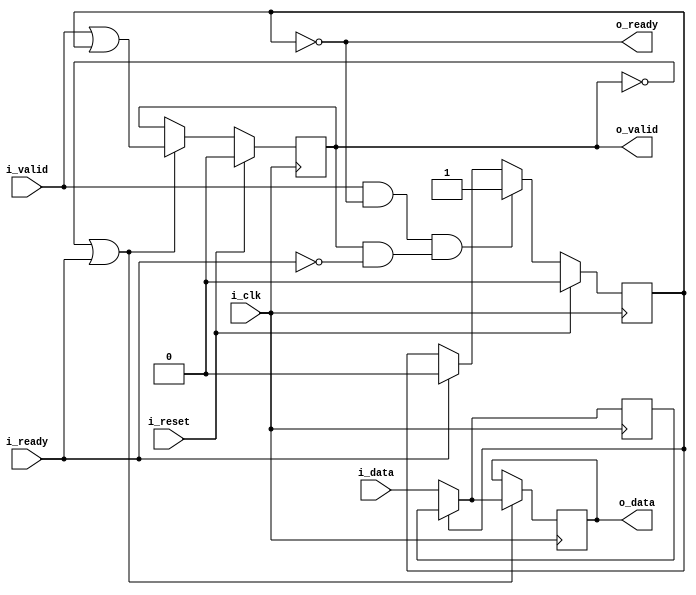
////////////////////////////////////////////////////////////////////////////////
//
// {{{
// Project:	WB2AXIPSP: bus bridges and other odds and ends
//
// Purpose:	A basic SKID buffer.
//
//	Skid buffers are required for high throughput AXI code, since the AXI
//	specification requires that all outputs be registered.  This means
//	that, if there are any stall conditions calculated, it will take a clock
//	cycle before the stall can be propagated up stream.  This means that
//	the data will need to be buffered for a cycle until the stall signal
//	can make it to the output.
//
//	Handling that buffer is the purpose of this core.
//
//	On one end of this core, you have the i_valid and i_data inputs to
//	connect to your bus interface.  There's also a registered o_ready
//	signal to signal stalls for the bus interface.
//
//	The other end of the core has the same basic interface, but it isn't
//	registered.  This allows you to interact with the bus interfaces
//	as though they were combinatorial logic, by interacting with this half
//	of the core.
//
//	If at any time the incoming !stall signal, i_ready, signals a stall,
//	the incoming data is placed into a buffer.  Internally, that buffer
//	is held in r_data with the r_valid flag used to indicate that valid
//	data is within it.
//
// Parameters:
//	DW or data width
//		In order to make this core generic, the width of the data in the
//		skid buffer is parameterized
//
//	OPT_LOWPOWER
//		Forces both o_data and r_data to zero if the respective *VALID
//		signal is also low.  While this costs extra logic, it can also
//		be used to guarantee that any unused values aren't toggling and
//		therefore unnecessarily using power.
//
//		This excess toggling can be particularly problematic if the
//		bus signals have a high fanout rate, or a long signal path
//		across an FPGA.
//
//	OPT_OUTREG
//		Causes the outputs to be registered
//
//	OPT_PASSTHROUGH
//		Turns the skid buffer into a passthrough.  Used for formal
//		verification only.
//
// Creator:	Dan Gisselquist, Ph.D.
//		Gisselquist Technology, LLC
//
////////////////////////////////////////////////////////////////////////////////
// }}}
// Copyright (C) 2019-2021, Gisselquist Technology, LLC
// {{{
// This file is part of the WB2AXIP project.
//
// The WB2AXIP project contains free software and gateware, licensed under the
// Apache License, Version 2.0 (the "License").  You may not use this project,
// or this file, except in compliance with the License.  You may obtain a copy
// of the License at
//
//	http://www.apache.org/licenses/LICENSE-2.0
//
// Unless required by applicable law or agreed to in writing, software
// distributed under the License is distributed on an "AS IS" BASIS, WITHOUT
// WARRANTIES OR CONDITIONS OF ANY KIND, either express or implied.  See the
// License for the specific language governing permissions and limitations
// under the License.
//
////////////////////////////////////////////////////////////////////////////////
//
//
`default_nettype none
// }}}
module skidbuffer #(
		// {{{
		parameter	[0:0]	OPT_LOWPOWER = 0,
		parameter	[0:0]	OPT_OUTREG = 1,
		//
		parameter	[0:0]	OPT_PASSTHROUGH = 0,
		parameter		DW = 8,
		parameter	[0:0]	OPT_INITIAL = 1'b1
		// }}}
	) (
		// {{{
		input	wire			i_clk, i_reset,
		input	wire			i_valid,
		output	reg			o_ready,
		input	wire	[DW-1:0]	i_data,
		output	reg			o_valid,
		input	wire			i_ready,
		output	reg	[DW-1:0]	o_data
		// }}}
	);

	reg	[DW-1:0]	r_data;

	generate if (OPT_PASSTHROUGH)
	begin : PASSTHROUGH
		// {{{
		always @(*)
			{ o_valid, o_ready } = { i_valid, i_ready };

		always @(*)
		if (!i_valid && OPT_LOWPOWER)
			o_data = 0;
		else
			o_data = i_data;

		always @(*)
			r_data = 0;
		// }}}
	end else begin : LOGIC
		// We'll start with skid buffer itself
		// {{{
		reg			r_valid;

		// r_valid
		// {{{
		always @(posedge i_clk)
		if (i_reset)
			r_valid <= 0;
		else if ((i_valid && o_ready) && (o_valid && !i_ready))
			// We have incoming data, but the output is stalled
			r_valid <= 1;
		else if (i_ready)
			r_valid <= 0;
		// }}}

		// r_data
		// {{{
		always @(posedge i_clk)
		if (OPT_LOWPOWER && i_reset)
			r_data <= 0;
		else if (OPT_LOWPOWER && (!o_valid || i_ready))
			r_data <= 0;
		else if ((!OPT_LOWPOWER || !OPT_OUTREG || i_valid) && o_ready)
			r_data <= i_data;
		// }}}

		// o_ready
		// {{{
		always @(*)
			o_ready = !r_valid;
		// }}}

		//
		// And then move on to the output port
		//
		if (!OPT_OUTREG)
		begin : NET_OUTPUT
			// Outputs are combinatorially determined from inputs
			// {{{
			// o_valid
			// {{{
			always @(*)
				o_valid = !i_reset && (i_valid || r_valid);
			// }}}

			// o_data
			// {{{
			always @(*)
			if (r_valid)
				o_data = r_data;
			else if (!OPT_LOWPOWER || i_valid)
				o_data = i_data;
			else
				o_data = 0;
			// }}}
			// }}}
		end else begin : REG_OUTPUT
			// Register our outputs
			// {{{
			// o_valid
			// {{{
			always @(posedge i_clk)
			if (i_reset)
				o_valid <= 0;
			else if (!o_valid || i_ready)
				o_valid <= (i_valid || r_valid);
			// }}}

			// o_data
			// {{{
			always @(posedge i_clk)
			if (OPT_LOWPOWER && i_reset)
				o_data <= 0;
			else if (!o_valid || i_ready)
			begin

				if (r_valid)
					o_data <= r_data;
				else if (!OPT_LOWPOWER || i_valid)
					o_data <= i_data;
				else
					o_data <= 0;
			end
			// }}}

			// }}}
		end
		// }}}
	end endgenerate
////////////////////////////////////////////////////////////////////////////////
////////////////////////////////////////////////////////////////////////////////
////////////////////////////////////////////////////////////////////////////////
//
// Formal properties
// {{{
////////////////////////////////////////////////////////////////////////////////
////////////////////////////////////////////////////////////////////////////////
////////////////////////////////////////////////////////////////////////////////
`ifdef	FORMAL
`ifdef	SKIDBUFFER
`define	ASSUME	assume
`else
`define	ASSUME	assert
`endif

	reg	f_past_valid;

	always @(posedge i_clk)
		f_past_valid <= 1;

	always @(*)
	if (!f_past_valid)
		assume(i_reset);

	////////////////////////////////////////////////////////////////////////
	//
	// Incoming stream properties / assumptions
	// {{{
	////////////////////////////////////////////////////////////////////////
	//
	always @(posedge i_clk)
	if (!f_past_valid)
	begin
		`ASSUME(!i_valid || !OPT_INITIAL);
	end else if ($past(i_valid && !o_ready && !i_reset) && !i_reset)
		`ASSUME(i_valid && $stable(i_data));

`ifdef	VERIFIC
`define	FORMAL_VERIFIC
	// Reset properties
	property RESET_CLEARS_IVALID;
		@(posedge i_clk) i_reset |=> !i_valid;
	endproperty

	property IDATA_HELD_WHEN_NOT_READY;
		@(posedge i_clk) disable iff (i_reset)
		i_valid && !o_ready |=> i_valid && $stable(i_data);
	endproperty

`ifdef	SKIDBUFFER
	assume	property (IDATA_HELD_WHEN_NOT_READY);
`else
	assert	property (IDATA_HELD_WHEN_NOT_READY);
`endif
`endif
	// }}}
	////////////////////////////////////////////////////////////////////////
	//
	// Outgoing stream properties / assumptions
	// {{{
	////////////////////////////////////////////////////////////////////////
	//

	generate if (!OPT_PASSTHROUGH)
	begin

		always @(posedge i_clk)
		if (!f_past_valid) // || $past(i_reset))
		begin
			// Following any reset, valid must be deasserted
			assert(!o_valid || !OPT_INITIAL);
		end else if ($past(o_valid && !i_ready && !i_reset) && !i_reset)
			// Following any stall, valid must remain high and
			// data must be preserved
			assert(o_valid && $stable(o_data));

	end endgenerate
	// }}}
	////////////////////////////////////////////////////////////////////////
	//
	// Other properties
	// {{{
	////////////////////////////////////////////////////////////////////////
	//
	//
	generate if (!OPT_PASSTHROUGH)
	begin
		// Rule #1:
		//	If registered, then following any reset we should be
		//	ready for a new request
		// {{{
		always @(posedge i_clk)
		if (f_past_valid && $past(OPT_OUTREG && i_reset))
			assert(o_ready);
		// }}}

		// Rule #2:
		//	All incoming data must either go directly to the
		//	output port, or into the skid buffer
		// {{{
`ifndef	VERIFIC
		always @(posedge i_clk)
		if (f_past_valid && !$past(i_reset) && $past(i_valid && o_ready
			&& (!OPT_OUTREG || o_valid) && !i_ready))
			assert(!o_ready && r_data == $past(i_data));
`else
		assert property (@(posedge i_clk)
			disable iff (i_reset)
			(i_valid && o_ready
				&& (!OPT_OUTREG || o_valid) && !i_ready)
				|=> (!o_ready && r_data == $past(i_data)));
`endif
		// }}}

		// Rule #3:
		//	After the last transaction, o_valid should become idle
		// {{{
		if (!OPT_OUTREG)
		begin
			// {{{
			always @(posedge i_clk)
			if (f_past_valid && !$past(i_reset) && !i_reset
					&& $past(i_ready))
			begin
				assert(o_valid == i_valid);
				assert(!i_valid || (o_data == i_data));
			end
			// }}}
		end else begin
			// {{{
			always @(posedge i_clk)
			if (f_past_valid && !$past(i_reset))
			begin
				if ($past(i_valid && o_ready))
					assert(o_valid);

				if ($past(!i_valid && o_ready && i_ready))
					assert(!o_valid);
			end
			// }}}
		end
		// }}}

		// Rule #4
		//	Same thing, but this time for o_ready
		// {{{
		always @(posedge i_clk)
		if (f_past_valid && $past(!o_ready && i_ready))
			assert(o_ready);
		// }}}

		// If OPT_LOWPOWER is set, o_data and r_data both need to be
		// zero any time !o_valid or !r_valid respectively
		// {{{
		if (OPT_LOWPOWER)
		begin
			always @(*)
			if ((OPT_OUTREG || !i_reset) && !o_valid)
				assert(o_data == 0);

			always @(*)
			if (o_ready)
				assert(r_data == 0);

		end
		// }}}
	end endgenerate
	// }}}
	////////////////////////////////////////////////////////////////////////
	//
	// Cover checks
	// {{{
	////////////////////////////////////////////////////////////////////////
	//
	//
`ifdef	SKIDBUFFER
	generate if (!OPT_PASSTHROUGH)
	begin
		reg	f_changed_data;

		always @(posedge i_clk)
		if (i_reset)
			f_changed_data <= 1;
		else if (i_valid && $past(!i_valid || o_ready))
		begin
			if (i_data != $past(i_data + 1))
				f_changed_data <= 0;
		end else if (!i_valid && i_data != 0)
			f_changed_data <= 0;


`ifndef	VERIFIC
		reg	[3:0]	cvr_steps, cvr_hold;

		always @(posedge i_clk)
		if (i_reset)
		begin
			cvr_steps <= 0;
			cvr_hold  <= 0;
		end else begin
			cvr_steps <= cvr_steps + 1;
			cvr_hold  <= cvr_hold  + 1;
			case(cvr_steps)
			 0: if (o_valid || i_valid)
				cvr_steps <= 0;
			 1: if (!i_valid || !i_ready)
				cvr_steps <= 0;
			 2: if (!i_valid || !i_ready)
				cvr_steps <= 0;
			 3: if (!i_valid || !i_ready)
				cvr_steps <= 0;
			 4: if (!i_valid ||  i_ready)
				cvr_steps <= 0;
			 5: if (!i_valid || !i_ready)
				cvr_steps <= 0;
			 6: if (!i_valid || !i_ready)
				cvr_steps <= 0;
			 7: if (!i_valid ||  i_ready)
				cvr_steps <= 0;
			 8: if (!i_valid ||  i_ready)
				cvr_steps <= 0;
			 9: if (!i_valid || !i_ready)
				cvr_steps <= 0;
			10: if (!i_valid || !i_ready)
				cvr_steps <= 0;
			11: if (!i_valid || !i_ready)
				cvr_steps <= 0;
			12: begin
				cvr_steps <= cvr_steps;
				cover(!o_valid && !i_valid && f_changed_data);
				if (!o_valid || !i_ready)
					cvr_steps <= 0;
				else
					cvr_hold <= cvr_hold + 1;
				end
			default: assert(0);
			endcase
		end

`else
		// Cover test
		cover property (@(posedge i_clk)
			disable iff (i_reset)
			(!o_valid && !i_valid)
			##1 i_valid &&  i_ready [*3]
			##1 i_valid && !i_ready
			##1 i_valid &&  i_ready [*2]
			##1 i_valid && !i_ready [*2]
			##1 i_valid &&  i_ready [*3]
			// Wait for the design to clear
			##1 o_valid && i_ready [*0:5]
			##1 (!o_valid && !i_valid && f_changed_data));
`endif
	end endgenerate
`endif	// SKIDBUFFER
	// }}}
`endif
// }}}
endmodule
`ifndef	YOSYS
`default_nettype wire
`endif